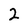
Character: 2